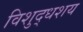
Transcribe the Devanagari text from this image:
विशुद्धशय